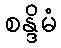
စန္ဒိမံ